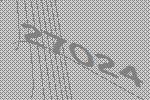
27024